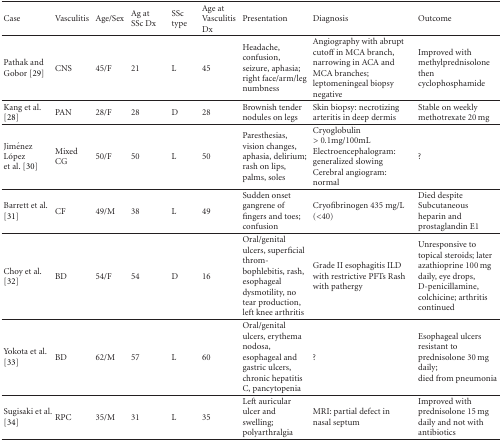
| Case | Vasculitis | Age/Sex | Ag at SSc Dx | SSc type | Age at Vasculitis Dx | Presentation | Diagnosis | Outcome |
 | --- | --- | --- | --- | --- | --- | --- | --- | --- |
 | Pathak and Gobor [29] | CNS | 45/F | 21 | L | 45 | Headache, confusion, seizure, aphasia; right face/arm/leg numbness | Angiography with abrupt cutoff in MCA branch, narrowing in ACA and MCA branches; leptomeningeal biopsy negative | Improved with methylprednisolone then cyclophosphamide |
 | Kang et al. [28] | PAN | 28/F | 28 | D | 28 | Brownish tender nodules on legs | Skin biopsy: necrotizing arteritis in deep dermis | Stable on weekly methotrexate 20 mg |
 | Jiménez López et al. [30] | Mixed CG | 50/F | 50 | L | 50 | Paresthesias, vision changes, aphasia, delirium; rash on lips, palms, soles | Cryoglobulin >0.1mg/100mL Electroencephalogram: generalized slowing Cerebral angiogram: normal | ? |
 | Barrett et al. [31] | CF | 49/M | 38 | L | 49 | Sudden onset gangrene of fingers and toes; confusion | Cryofibrinogen 435 mg/L (<40) | Died despite Subcutaneous heparin and prostaglandin E1 |
 | Choy et al. [32] | BD | 54/F | 54 | D | 16 | Oral/genital ulcers, superficial thrombophlebitis, rash, esophageal dysmotility, no tear production, left knee arthritis | Grade II esophagitis ILD with restrictive PFTs Rash with pathergy | Unresponsive to topical steroids; later azathioprine 100 mg daily, eye drops, D-penicillamine, colchicine; arthritis continued |
 | Yokota et al. [33] | BD | 62/M | 57 | L | 60 | Oral/genital ulcers, erythema nodosa, esophageal and gastric ulcers, chronic hepatitis C, pancytopenia | ? | Esophageal ulcers resistant to prednisolone 30 mg daily;died from pneumonia |
 | Sugisaki et al. [34] | RPC | 35/M | 31 | L | 35 | Left auricular ulcer and swelling; polyarthralgia | MRI: partial defect in nasal septum | Improved with prednisolone 15 mg daily and not with antibiotics |